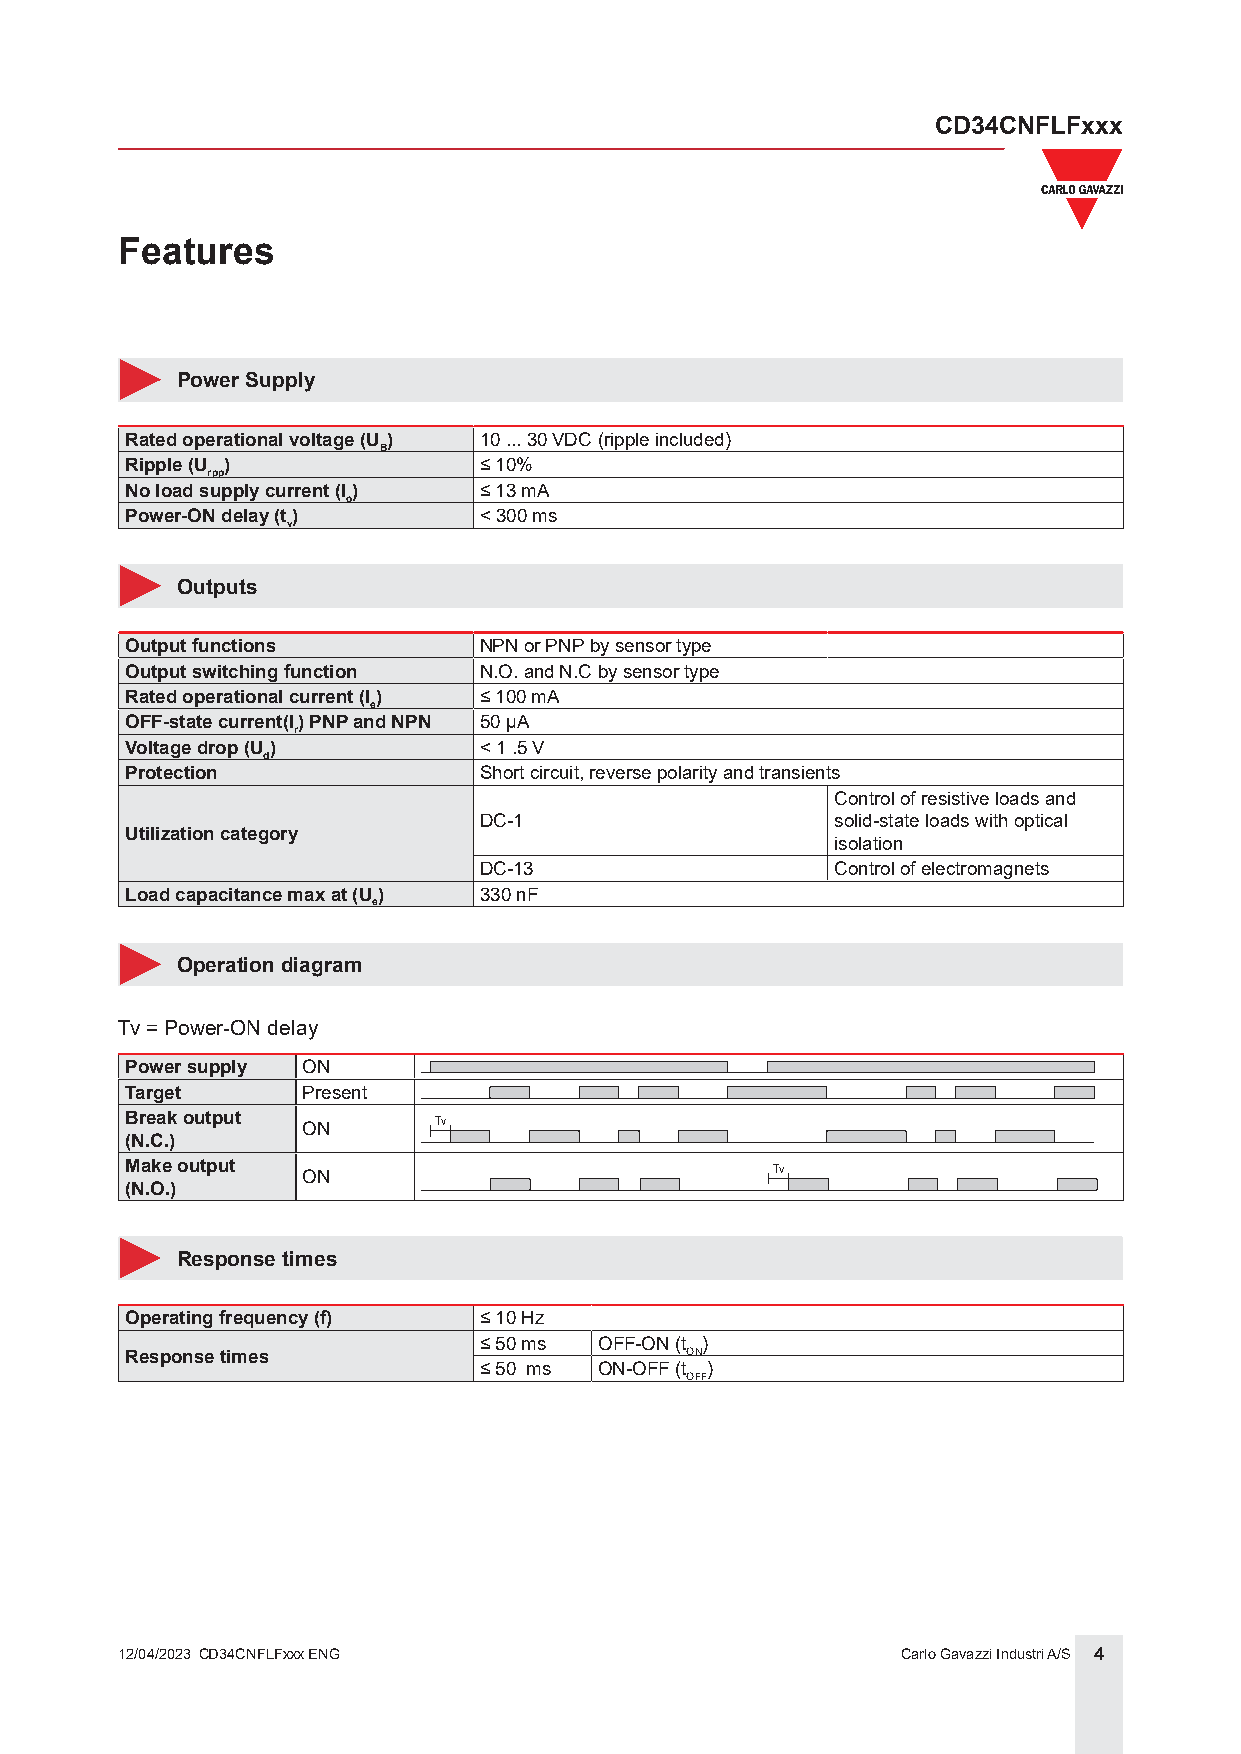
CD34CNFLFxxx
 Features
 Power Supply
 Rated operational voltage (U ) 10 ... 30 VDC (ripple included)
 B
 Ripple (U )             ≤ 10%
 rpp
 No load supply current (I ) ≤ 13 mA
 o
 Power-ON delay (t)      < 300 ms
 v
 Outputs
 Output functions        NPN or PNP by sensor type
 Output switching function N.O. and N.C by sensor type
 Rated operational current (I) ≤ 100 mA
 e
 OFF-state current(I) PNP and NPN 50 μA
 r
 Voltage drop (U )       < 1 .5 V
 d
 Protection              Short circuit, reverse polarity and transients
 Control of resistive loads and
 DC-1                   solid-state loads with optical
 Utilization category
 isolation
 DC-13                  Control of electromagnets
 Load capacitance max at (U) 330 nF
 e
 Operation diagram
 Tv = Power-ON delay
 Power supply ON
 Target      Present
 Break output         Tv
 ON
 (N.C.)
 Make output                                Tv
 ON
 (N.O.)
 Response times
 Operating frequency (f) ≤ 10 Hz
 ≤ 50 ms OFF-ON (t )
 Response times                       ON
 ≤ 50 ms ON-OFF (t )
 OFF
 12/04/2023 CD34CNFLFxxx ENG                         Carlo Gavazzi Industri A/S 4